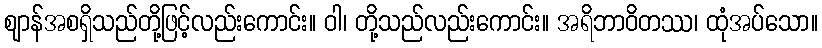
ဈာန်အစရှိသည်တို့ဖြင့်လည်းကောင်း။ ဝါ၊ တို့သည်လည်းကောင်း။ အရိဘာဝိတဿ၊ ထုံအပ်သော။